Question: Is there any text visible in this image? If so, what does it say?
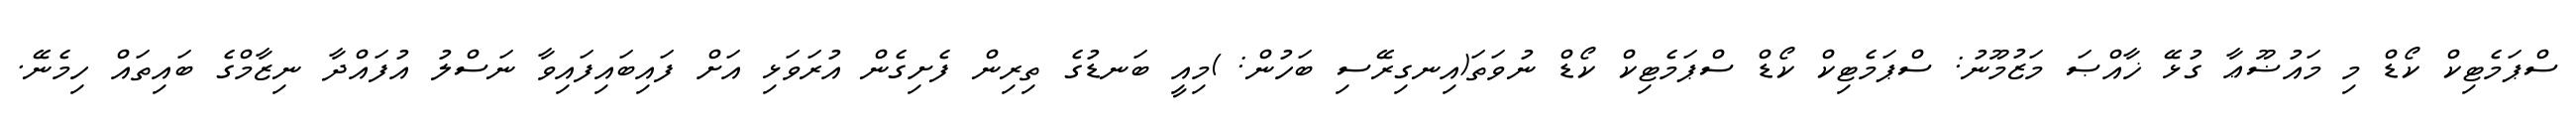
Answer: ސްޕަމެޓިކް ކޯޑް މި މައުޟޫޢާ ގުޅޭ ޚާއްޞަ މަޒުމޫނު: ސްޕަމެޓިކް ކޯޑް ސްޕަމެޓިކް ކޯޑް ނުވަތަ(އިނގިރޭސި ބަހުން: )މިއީ ބަނޑުގެ ތިރިން ފެށިގެން އުރަވަޅި އަށް ފައިބައިފައިވާ ނަސްލު އުފައްދާ ނިޒާމްގެ ބައިތައް ހިމެނޭ.